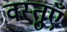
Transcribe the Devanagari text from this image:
वस्‍तुएँ